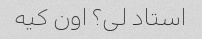
استاد لی؟ اون کیه